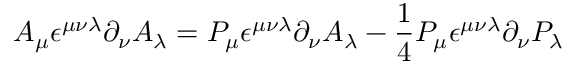
A _ { \mu } \epsilon ^ { \mu \nu \lambda } \partial _ { \nu } A _ { \lambda } = P _ { \mu } \epsilon ^ { \mu \nu \lambda } \partial _ { \nu } A _ { \lambda } - \frac { 1 } { 4 } P _ { \mu } \epsilon ^ { \mu \nu \lambda } \partial _ { \nu } P _ { \lambda }